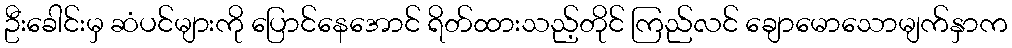
ဦးခေါင်းမှ ဆံပင်များကို ပြောင်နေအောင် ရိတ်ထားသည့်တိုင် ကြည်လင် ချောမောသောမျက်နှာက